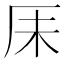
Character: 𫨃